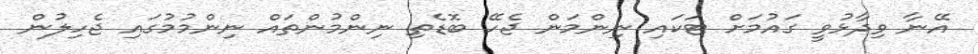
އޭނާ ވިދާޅުވީ ގައުމަށް ޓަކައި ނިންމަން ޖެހޭ ބޮޑެތި ނިންމުންތައް ނިންމުމުގައި ޖެހިލުން